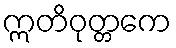
ဣတိဝုတ္တကေ